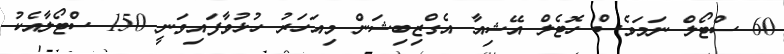
60 ސްޓޯލް ނަމަވެސް ހޮޓެލް އޭޝިއާ އެގްޒިބިޝަން މިއަހަރު ހުޅުވާފައިވަނީ 150 ސްޓޯލާއެކު